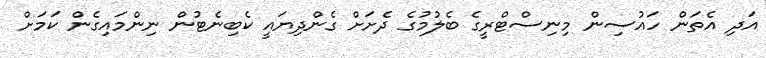
އަދި އެތަން ހައުސިން މިނިސްޓްރީގެ ބެލުމުގެ ދެށަށް ގެންދިޔައީ ކެބިނެޓުން ނިންމައިގެން ކަމަށް